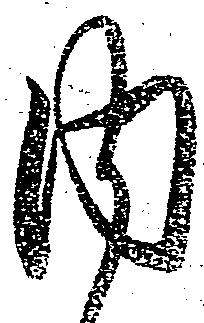
内